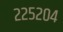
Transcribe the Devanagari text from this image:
२२५२०४